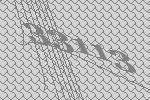
33113